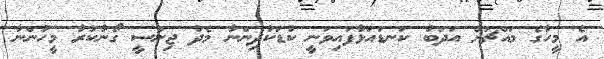
އެ މީހާގެ މައްޗަށް އަދަބު ކަނޑައަޅާފައިވަނީ ކުޑަކުދިންނާ މެދު ޖިންސީ ގޯނާކުރާ މީހުންނާ